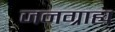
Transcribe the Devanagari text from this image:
जनग्राह्य